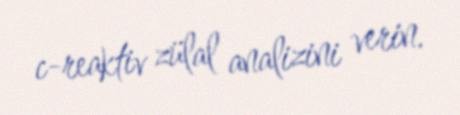
c-reaktiv zülal analizini verin.